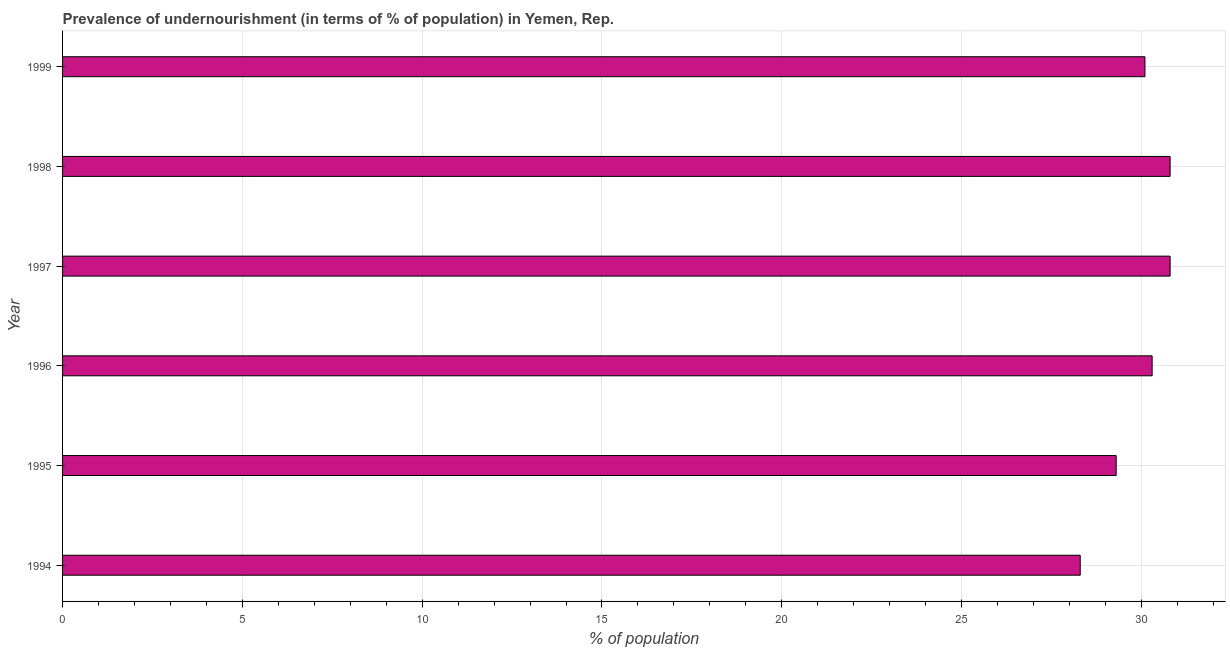
| Year | Prevalence of undernourishment |
 | --- | --- |
 | 1994 | 28.3 |
 | 1995 | 29.3 |
 | 1996 | 30.3 |
 | 1997 | 30.8 |
 | 1998 | 30.8 |
 | 1999 | 30.1 |